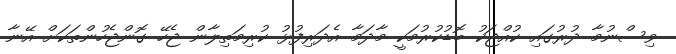
ވިސްނުމާ ދުރުގައި ކުއްޖަކު ބޮޑުކުރުމަކީ މާދަމާ އެދަރިފުޅު ކުރިމަތިލާން ޖެހޭ ގޮންޖެހުންތަކަށް އޭނާ